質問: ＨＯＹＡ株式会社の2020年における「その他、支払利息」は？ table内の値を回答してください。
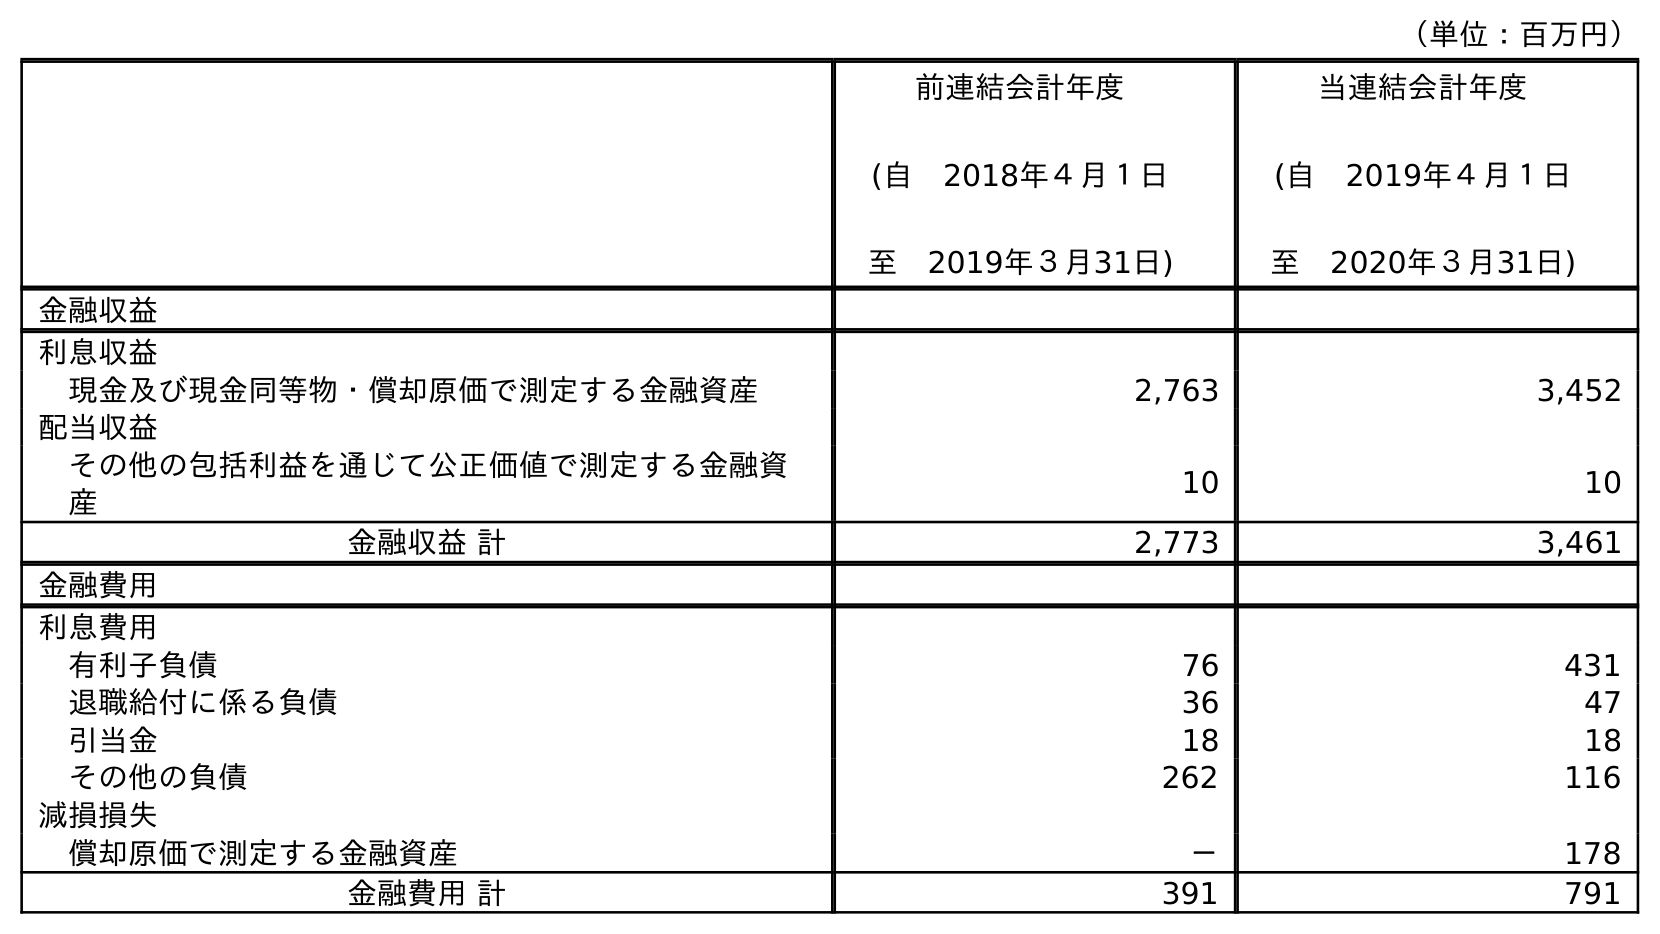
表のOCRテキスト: （単位：百万円） 前連結会計年度 (自 2018年４月１日 至 2019年３月31日) 当連結会計年度 (自 2019年４月１日 至 2020年３月31日) 金融収益 利息収益 現金及び現金同等物・償却原価で測定する金融資産 2,763 3,452 配当収益 その他の包括利益を通じて公正価値で測定する金融資 産 10 10 金融収益 計 2,773 3,461 金融費用 利息費用 有利子負債 76 431 退職給付に係る負債 36 47 引当金 18 18 その他の負債 262 116 減損損失 償却原価で測定する金融資産 － 178 金融費用 計 391 791
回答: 116